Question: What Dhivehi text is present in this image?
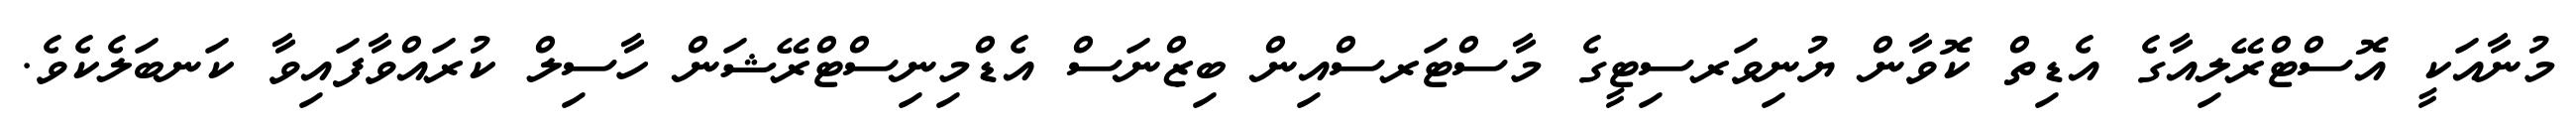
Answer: މުނާއަކީ އޮސްޓްރޭލިއާގެ އެޑިތް ކޮވާން ޔުނިވަރސިޓީގެ މާސްޓަރސްއިން ބިޒްނަސް އެޑްމިނިސްޓްރޭޝަން ހާސިލް ކުރައްވާފައިވާ ކަނބަލެކެވެ.